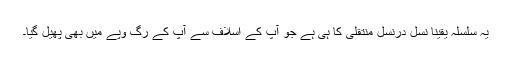
یہ سلسلہ یقینا نسل درنسل منتقلی کا ہی ہے جو آپ کے اسلاف سے آپ کے رگ وپے میں بھی پھیل گیا۔